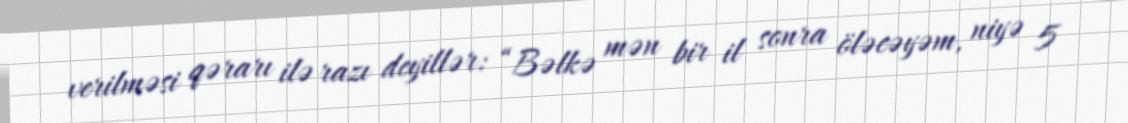
verilməsi qərarı ilə razı deyillər: “Bəlkə mən bir il sonra öləcəyəm, niyə 5